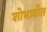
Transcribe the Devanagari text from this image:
शोभावीत